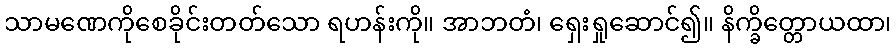
သာမဏေကိုစေခိုင်းတတ်သော ရဟန်းကို။ အာဘတံ၊ ရှေးရှုဆောင်၍။ နိက္ခိတ္တောယထာ၊